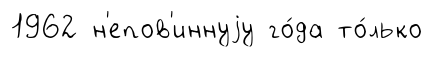
1962 н'епов'иннуjу го́да то́лько